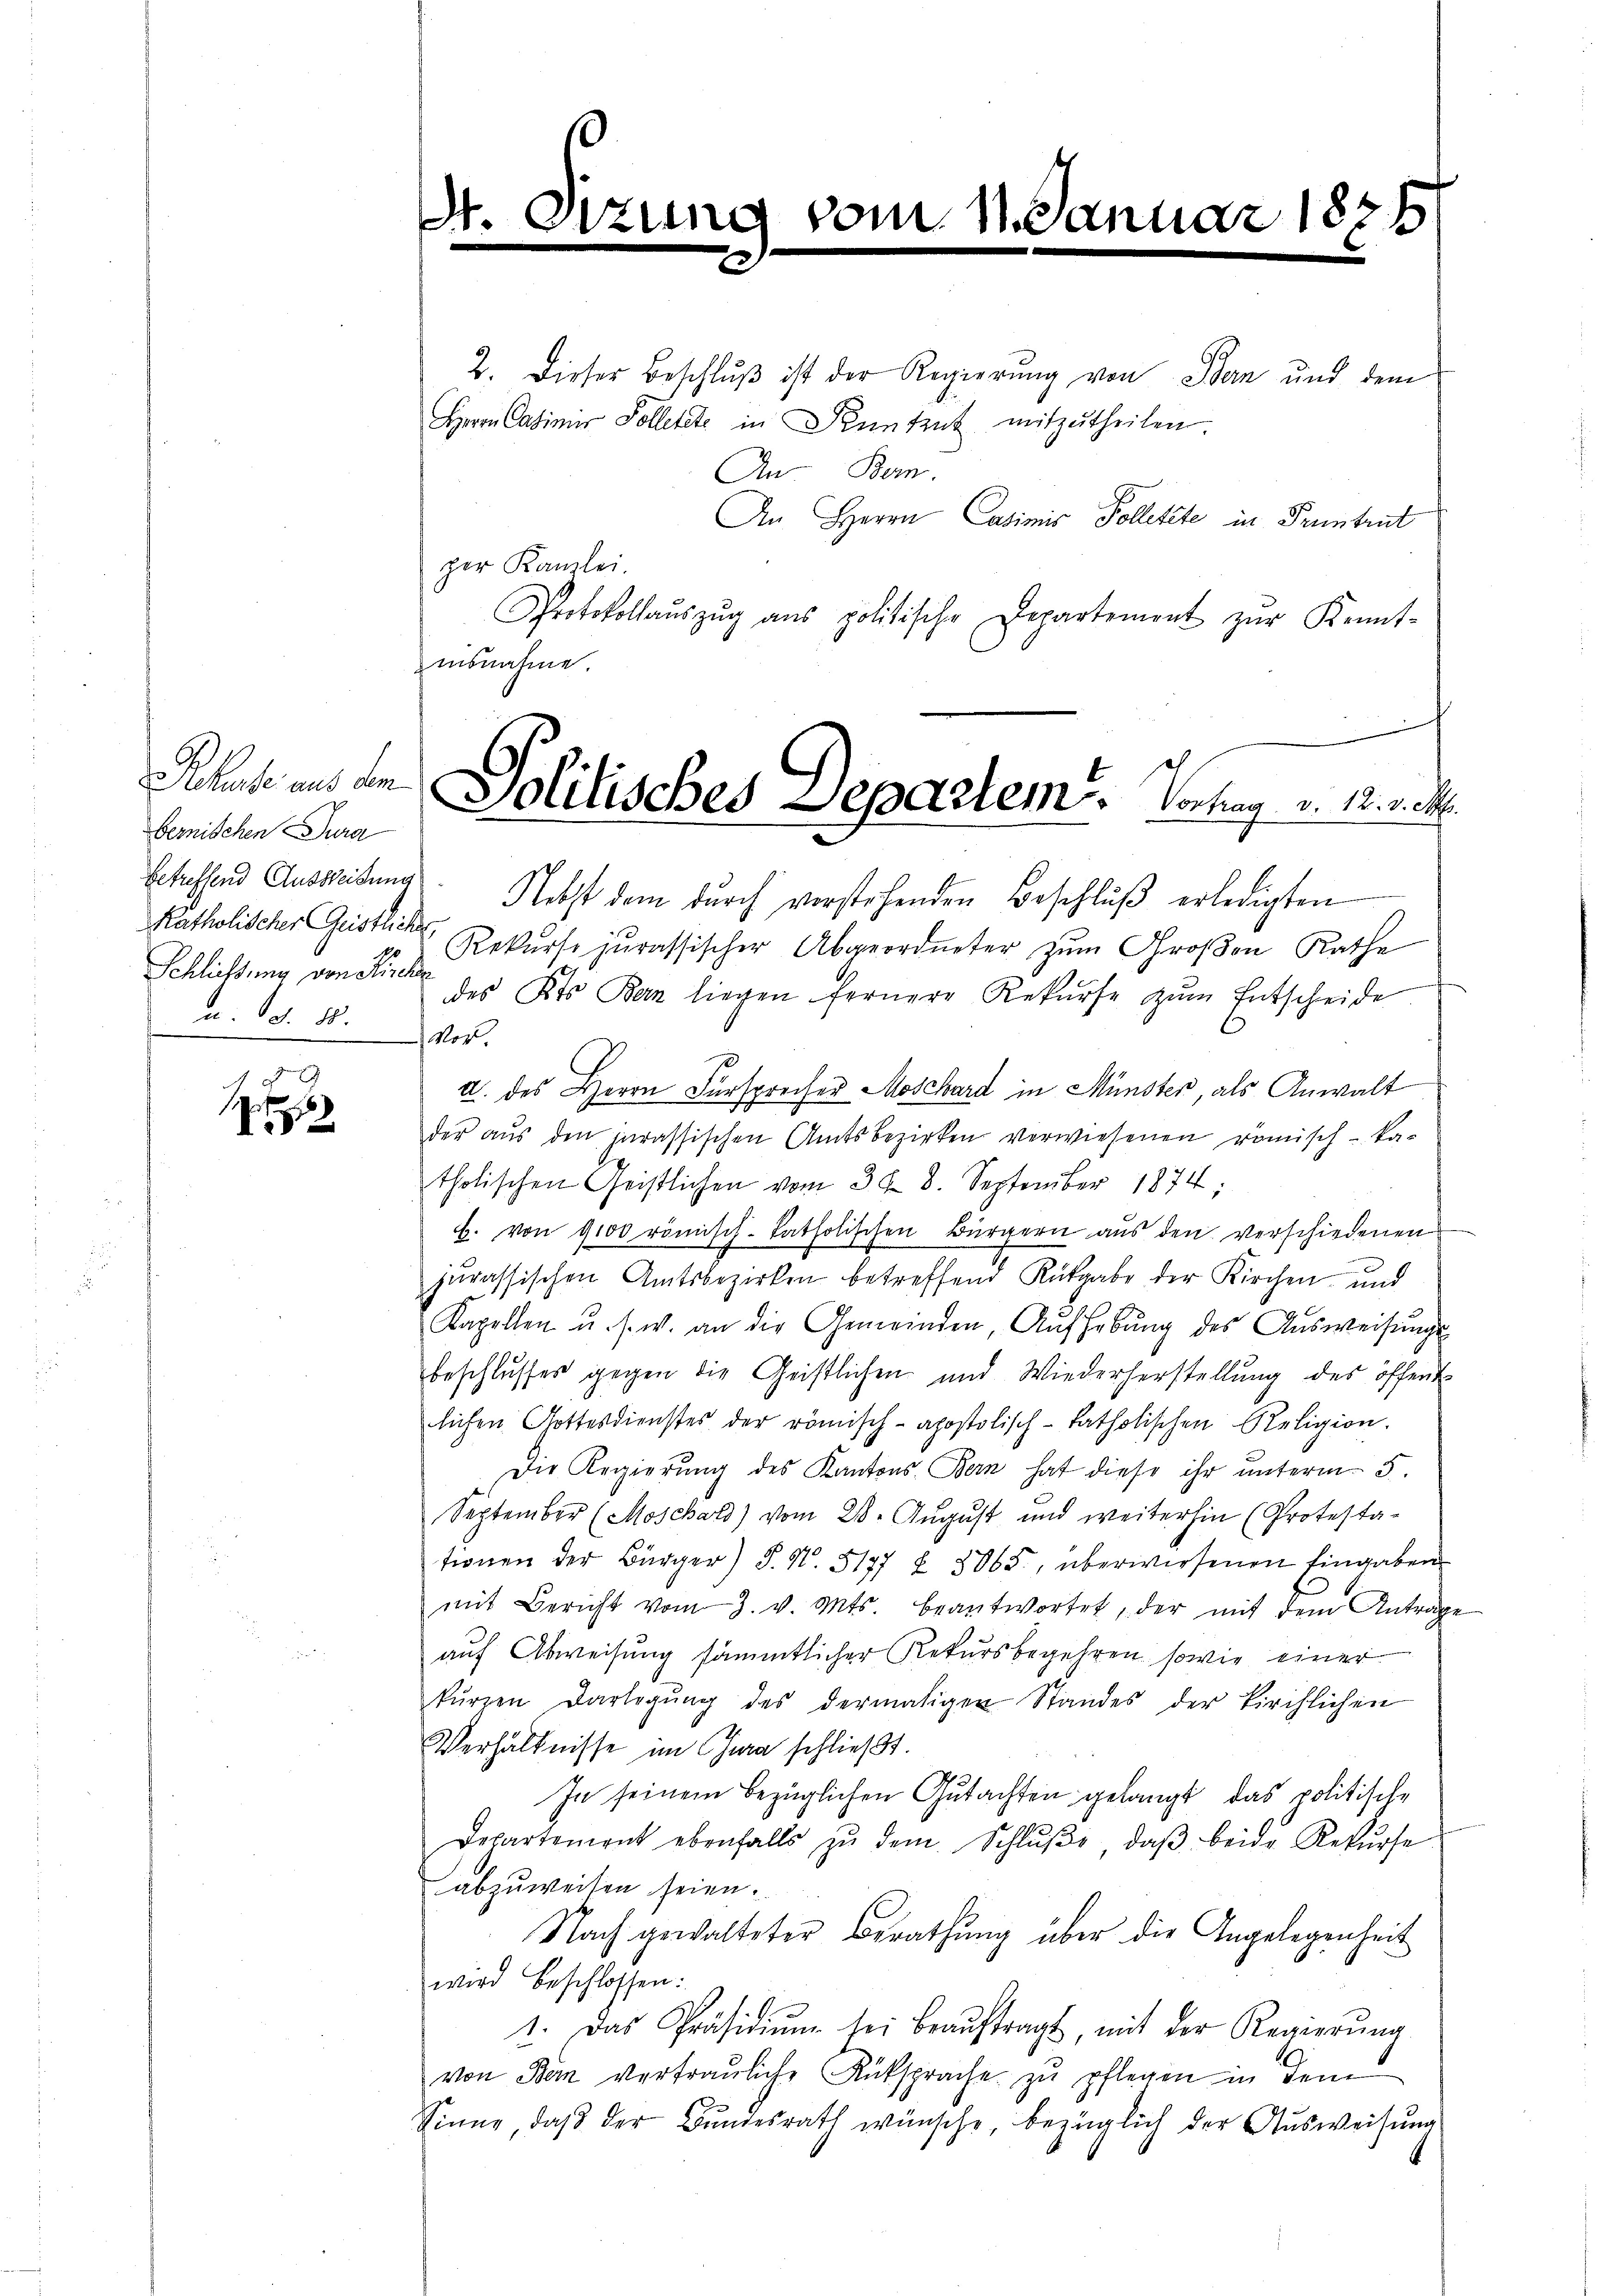
Behufe aus dem
bernischen dura
Katholischer Geistliches,
Schlichtung von Kirche
u. S. 88.

2. Dieser Beschluß ist der Regierung von Bern und dem
Herrn Casimir Solletete in Kenntrut mitzŭtheilen.
An-Bem.
An Herrn Casimis Kolletete in Pruntrut
per Kanzlei.
Protokollaŭszŭg ans politische Departement zŭr Kennt-
nisnahme.
t
betreffend Ausweisung. Nebst dem durch vorstehenden Beschluß erledigten
Rekurse jurassischer Abgeordneter zum Großen Rathe
des Kts. Ban liegen fernere Rekurse zŭm Entscheide
Vor.
a. des Herrn Fürsprecher Moschard in Münster, als Anwalt
der aus den inrassischen Amtsbezirken verwiesenen römisch-ka-
tholischen Geistlichen vom 31. 8. September 1874;
b. von 9100 römisch-katholischen Bürgern aus den verschiedenen
jurassischen Amtsbezirken betreffend Rütgabe der Kirchen und
Kapellen u. s. w. an die Gemeinden, Aŭfhebŭng des Aŭsweisŭngs-
beschlusses gegen die Geistlichen und Wiederherstellung des öffent
lichen Gottesdienstes der römisch-apostolisch-katholischen Religion.
Die Regierŭng des Kantons Bern hat diese ihr ŭnterm 5.
September (Moschars) vom 28. August und weiterhin (Protesta-
tionen der Bürger) P. N. 5177 § 2865, überwiesenen Eingaben
mit Bericht vom 3. v. Mts. beantwortet, der mit dem Antrage
auf Abweisung sämmtlicher Rekursbegehren sowie einer
kŭrzen Darlegŭng des dermaligen Standes der kirchlichen
Verhältnisse im Jura schlieβt.
In seinem bezüglichen Gutachten gelangt, das politische
Departement ebenfalls zŭ dem Schlŭβe, daβ beide Rekŭrse
abzuweisen seien.
Nach gewalteter Berathŭng über die Angelegenheit
wird beschlossen:
1. Das Präsidiŭm sei beaŭftragt, mit der Regierŭng
von Bern vertrauliche Rüksprache zu pflegen in dem
Sinne, daß der Bundesrath wünsche, bezüglich der Ausweisung

St. Sitzung vom 11. Janu

N 1848

Politisches Departem . Vortrag v. 18. v. M.